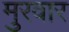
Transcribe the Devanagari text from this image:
मुरवार